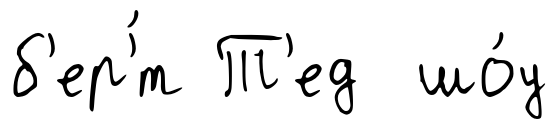
б'ер'́т Т'ед шо́у